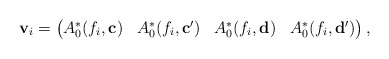
\begin{align*}\mathbf{v}_i=\left(\begin{matrix} A_0^\ast(f_i,\mathbf{c}) &A_0^\ast(f_i,\mathbf{c'}) &A_0^\ast(f_i,\mathbf{d}) &A_0^\ast(f_i,\mathbf{d'})\end{matrix}\right),\end{align*}